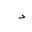
Letter: _dal